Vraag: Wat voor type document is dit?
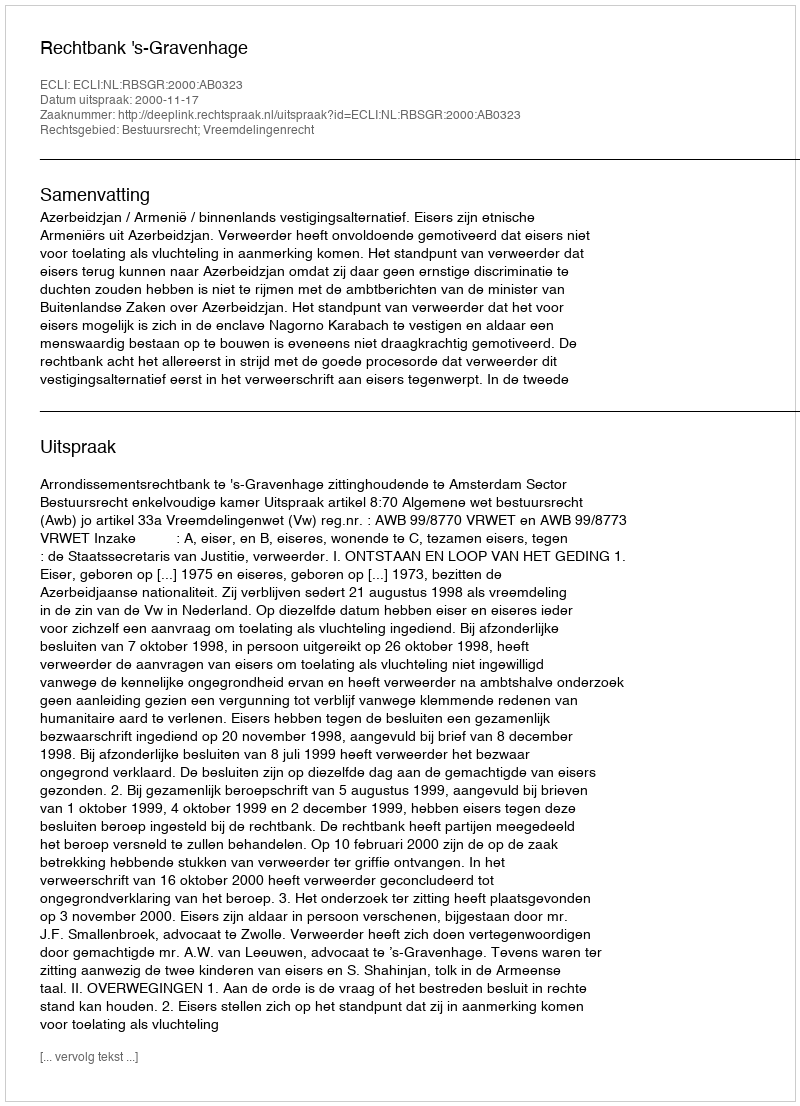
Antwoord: Uitspraak